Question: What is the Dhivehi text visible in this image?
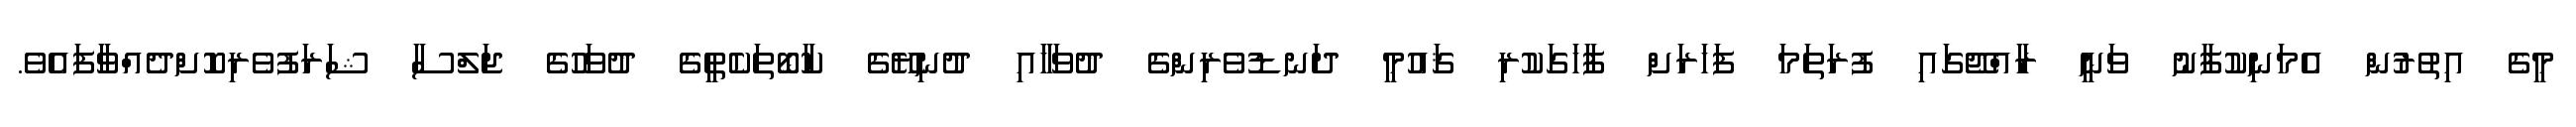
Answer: މީގެ އިތުރުން އެމަނިކުފާނު ވަނީ ރާއްޖޭގައި ފުރަތަމަ ފަހަރަށް ފާހަގަކުރި ޤައުމީ ދަނޑުވެރިންގެ ދުވަހާއި ދުނިޔޭގެ ކާބޯތަކެތީގެ ދުވަހުގެ ޖަލްސާ ޝަރަފުވެރިކޮށްދެއްވާފައެވެ.